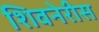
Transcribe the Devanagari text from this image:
शिवनेरीस